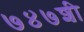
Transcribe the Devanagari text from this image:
७४७शी